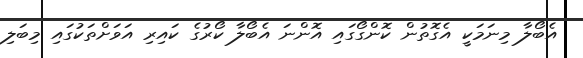
އެބޯލާ މިނަމަކީ އެގޮތުން ކޮންގޯގައި އޮންނަ އެބޯލާ ކޯރުގެ ކައިރި އަވަށްތަކުގައި މިބަލި